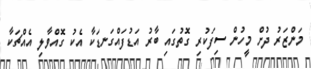
މަންޒަރު ދުށް މީހުން ސިފަކުރި ގޮތުގައި ބާރު އަޑުފައްގަނޑަކާ އެކު ގޮއްވާލި އެއްޗަކާ